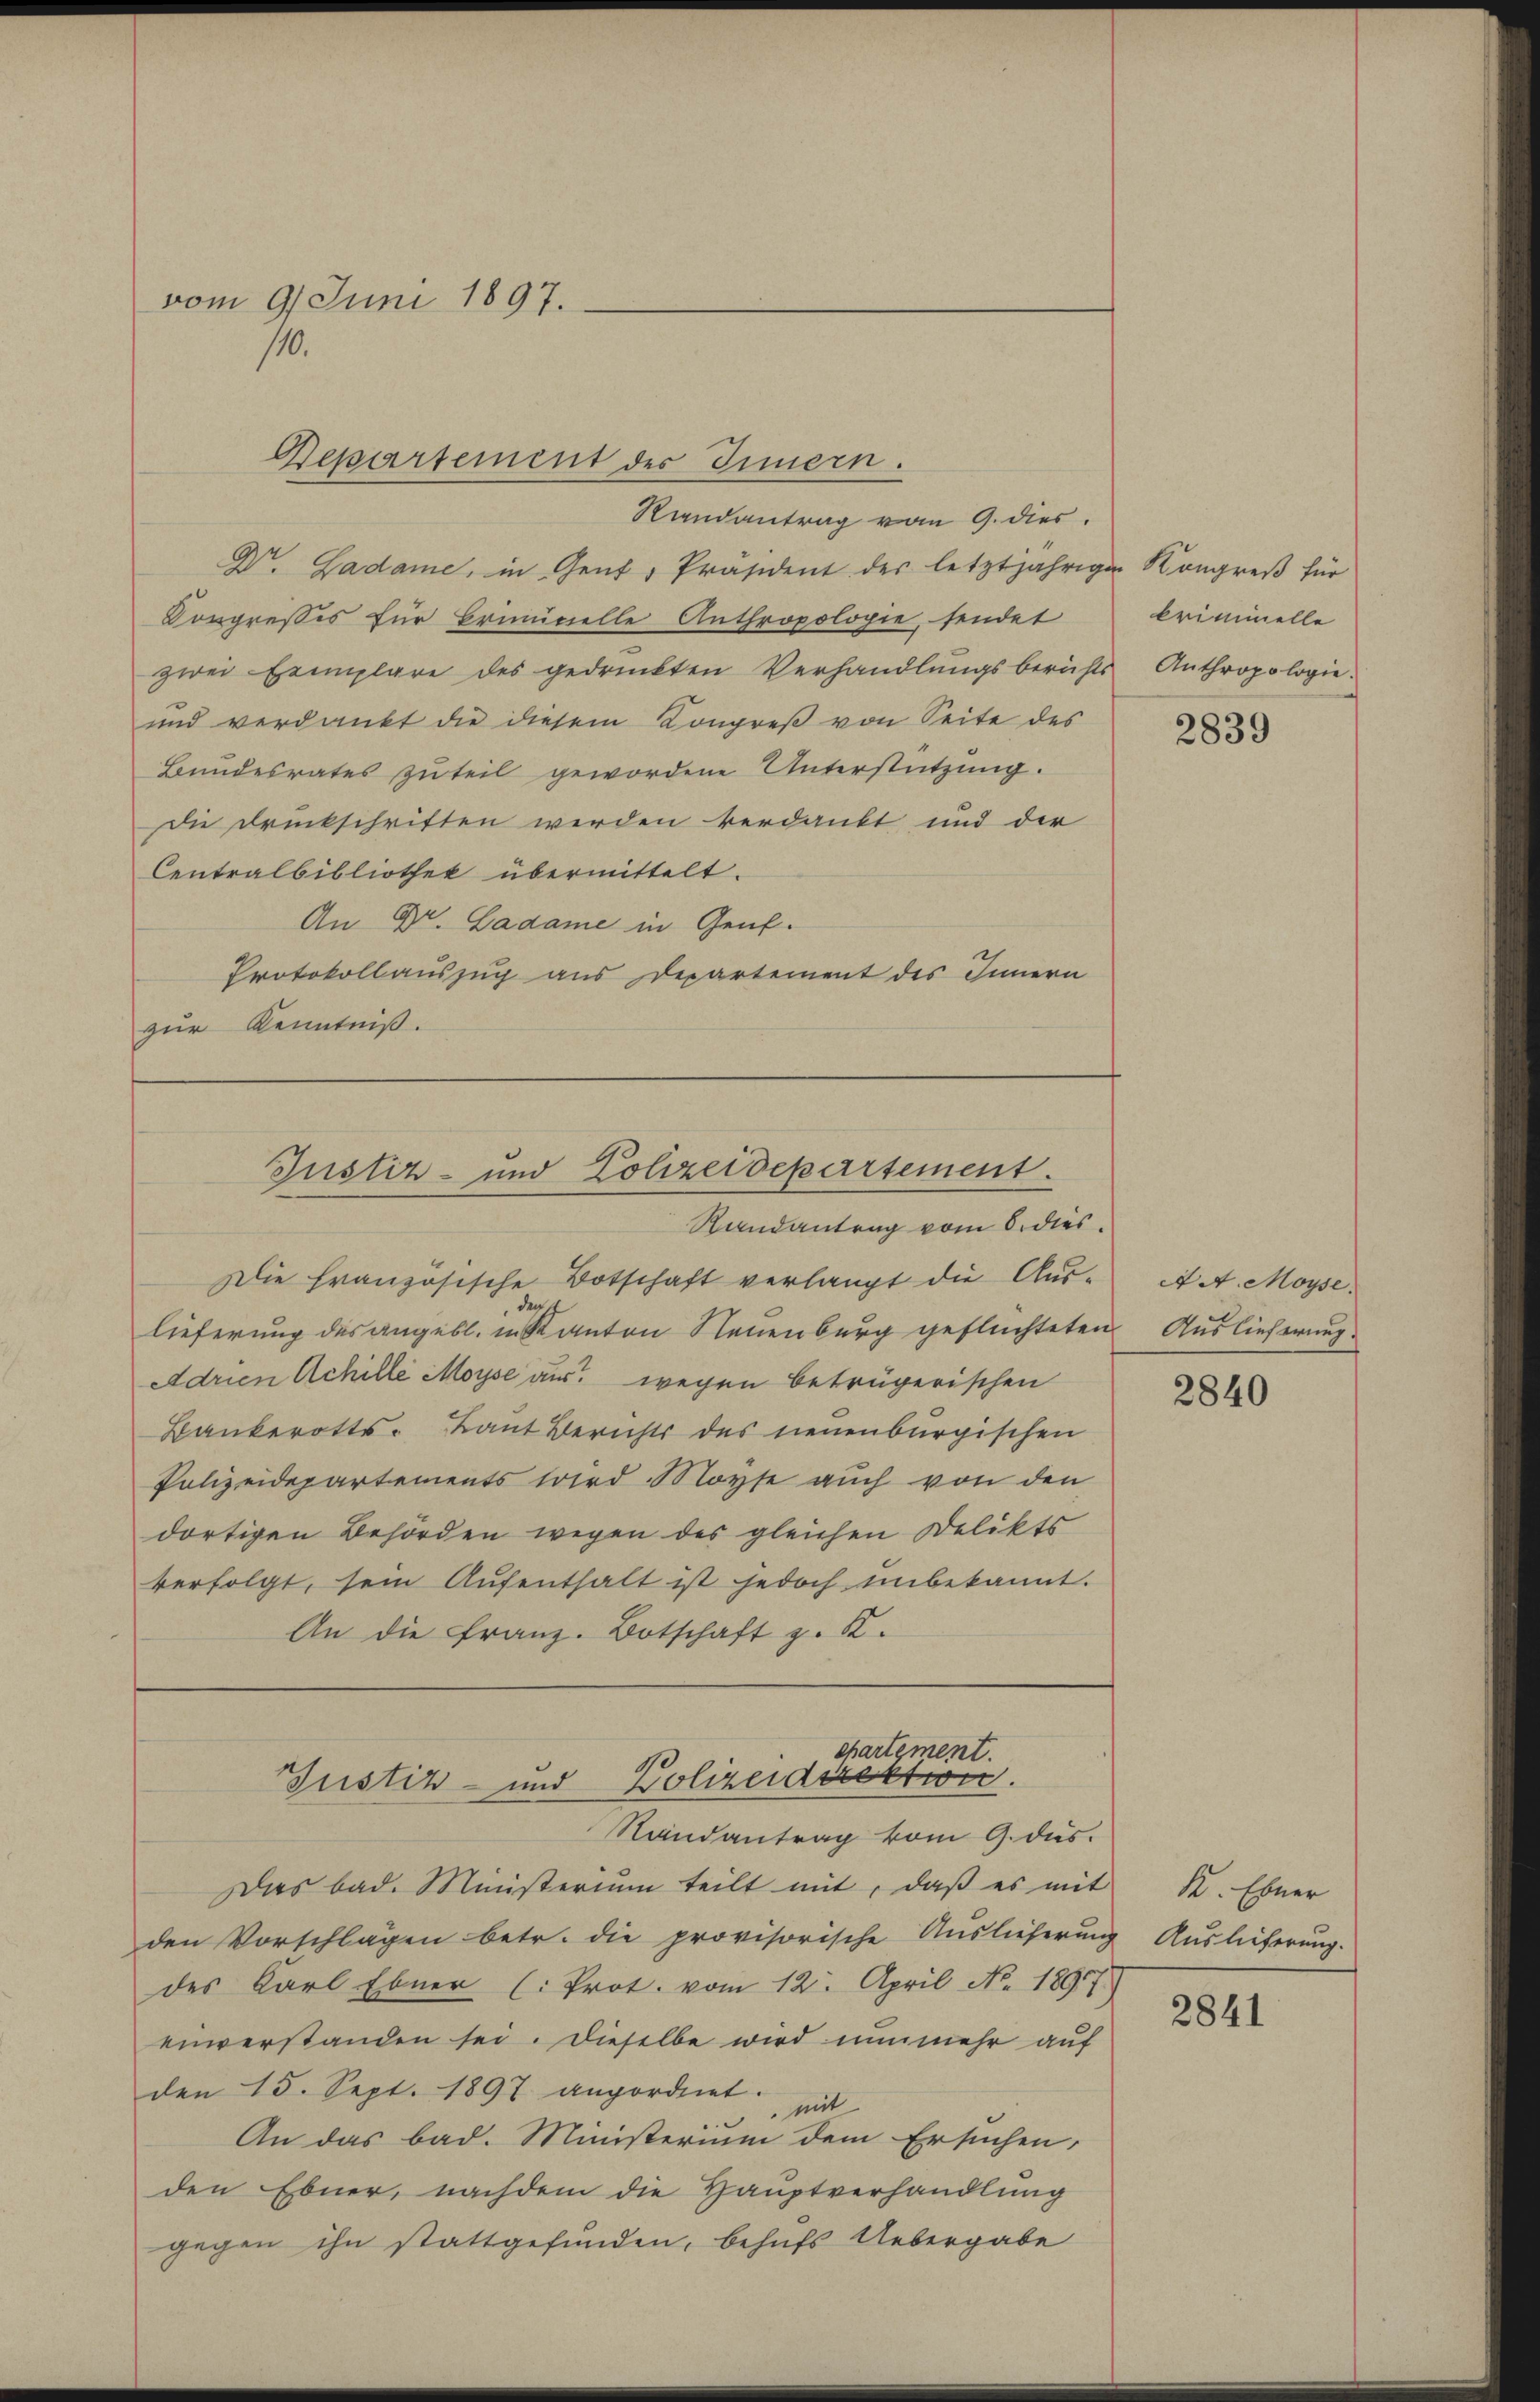
vom 9. Juni 1897.
110.

Dr. Ladame, in Gent, Präsident der letztjährigen Kongreß für
Congresses für Brunicielle Anthropologie, sendet
zwei Exemplare des gedruckten Verhandlŭngsberichts Anthropologie-
und verdankt die diesem Kongreß von Seite des
Bundesrates zu teil gewordene Unterstützung.
Die Druckschriften werden verdankt und der
Centralbibliothek übermittelt.
An Dr. Ladame in Genf.
Protokollauszug aus Departement des Innern
zur Kenntniß.

Departement des Innern.

Die französische Botschaft verlangt die Aus-
den
lieferung des angebl. in Kanton Neuenburg geflüchteten Auslieferung
Adrien Achille Moyse aus wegen betrügerischen
Bankerotts-Kant Berichts des neuenburgischen
Polizeidepartements wird Moyse auch von den
dortigen Behörden wegen des gleichen Delikts
verfolgt, sein Aŭfenthalt ist jedoch unbekannt.
An die Franz. Botschaft z. K.

Randantrag vom 9. dies

Justiz- und Polizeidepartement.
Randantrag vom 6. dies

chartement.
Justiz- und Polizeidirektion.
Randantrag vom 9. dus.

Criminelle

Das bad. Ministerium teilt mit, daß es mit
den Vorschlägen betr. die provisorische Auslieferung Auslieferung.
des Karl Ebner (Prot. vom 12. April No. 1897
einverstanden sei. Dieselbe wird nunmehr auf
den 15. Sept. 1897 angordnet.
mit
An das bad. Ministerium dem Ersuchen,
den Ebner, nachdem die Hauptverhandlung
gegen ihn stattgefunden, behufs Uebergabe

2839

A d. Moyse.

2840

K. Ebner

2841